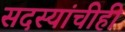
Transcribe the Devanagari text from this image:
सदस्यांचीही